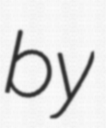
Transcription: by